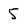
Character: 5